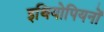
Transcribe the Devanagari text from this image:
इथियोपियनों